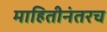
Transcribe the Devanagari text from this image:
माहितीनंतरच